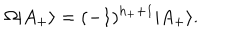
\Omega | A _ { + } \rangle = ( - 1 ) ^ { h _ { + } + 1 } | A _ { + } \rangle .